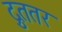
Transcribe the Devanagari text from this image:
द्रुततर